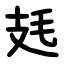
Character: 㲍